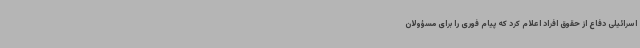
اسرائیلی دفاع از حقوق افراد اعلام کرد که پیام فوری را برای مسؤولان